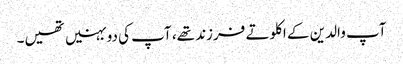
آپ والدین کے اکلوتے فرزند تھے، آپ کی دو بہنیں تھیں۔